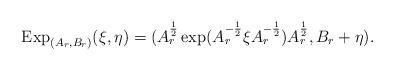
LaTeX: \begin{align*} {\rm Exp}_{(A_r,B_r)}(\xi,\eta) =(A_r^{\frac{1}{2}} \exp (A_r^{-\frac{1}{2}} \xi A_r^{-\frac{1}{2}} ) A_r^{\frac{1}{2}}, B_r+\eta).\end{align*}